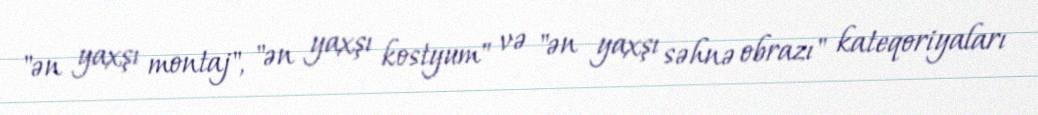
"ən yaxşı montaj", "ən yaxşı kostyum" və "ən yaxşı səhnə obrazı" kateqoriyaları